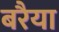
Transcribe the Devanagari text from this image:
बरैया